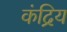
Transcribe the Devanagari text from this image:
कंद्रिय